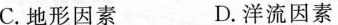
C.地形因素 D.洋流因素